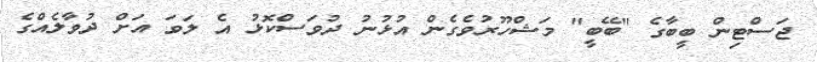
ޖަސްޓިން ބީބާގެ "ބޭބީ" މަޝްހޫރުވެގެން އުޅުނު ދުވަސްކޮޅު އެ ލަވަ އަށް ދުވާލެއްގެ